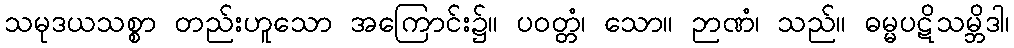
သမုဒယသစ္စာ တည်းဟူသော အကြောင်း၌။ ပဝတ္တံ၊ သော။ ဉာဏံ၊ သည်။ ဓမ္မပဋိသမ္ဘိဒါ၊